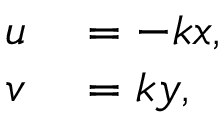
\begin{array} { r l } { u } & { { } = - k x , } \\ { v } & { { } = k y , } \end{array}